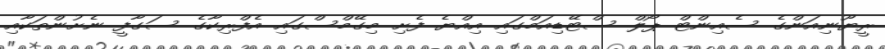
ރީޔޫނިއަންގެ ސެއިންޓް ޕޯލް ސްޓޭޑިއަމްގައި އިއްޔެ ފެށި މިގޭމްސްގައި އެފްރިކާގެ ސަގާފީ ނެށުންތަކާއި